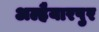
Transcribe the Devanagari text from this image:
अल्हैयारपुर